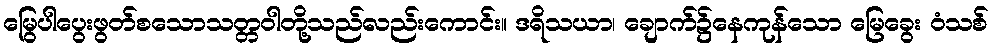
မြွေပါပွေးဖွတ်စသောသတ္တဝါတို့သည်လည်းကောင်း။ ဒရိသယာ၊ ချောက်၌နေကုန်သော မြေခွေး ဝံသစ်